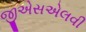
જીએસએલવી